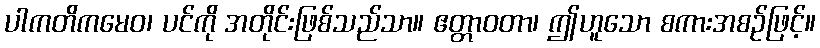
ပါကတိကမေဝ၊ ပင်ကို အတိုင်းဖြစ်သည်သာ။ ဧတ္တာဝတာ၊ ဤဟူသော စကားအစဉ်ဖြင့်။